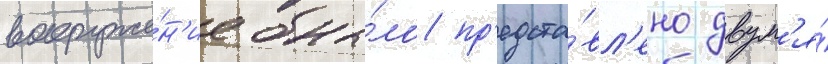
вооруже́н'ие бы́ло пр'едста́вл'ено двум'я́